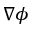
\nabla \phi